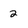
Character: 2